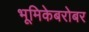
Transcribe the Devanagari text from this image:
भूमिकेबरोबर